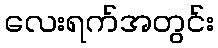
လေးရက်အတွင်း